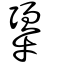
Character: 犟